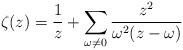
LaTeX: \begin{align*}\zeta (z) = \frac{1}{z} + \sum_{\omega \neq 0}\frac{z^{2}}{\omega^{2}(z-\omega)}\end{align*}